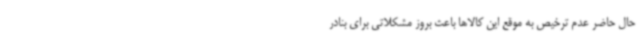
حال حاضر عدم ترخیص به موقع این کالاها باعث بروز مشکلاتی برای بنادر